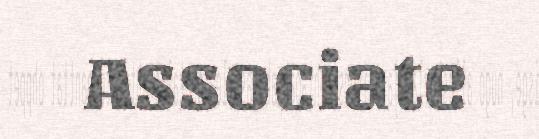
Associate